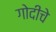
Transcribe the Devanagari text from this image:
गोदीचे